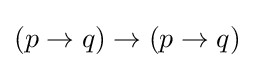
\left(p\to q\right)\to \left(p\to q\right)